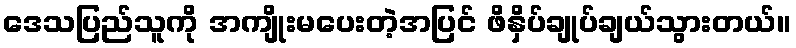
ဒေသပြည်သူကို အကျိုးမပေးတဲ့အပြင် ဖိနှိပ်ချုပ်ချယ်သွားတယ်။